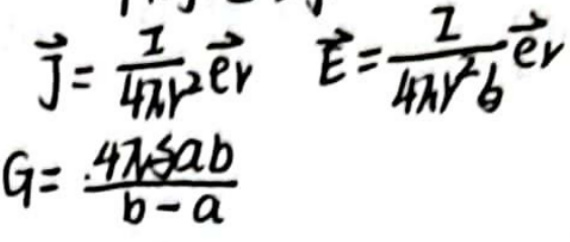
\begin{align*}
\vec{J}&=\frac{I}{4\pi r^{2}}\vec{e}_{r}\\
\vec{E}&=\frac{I}{4\pi r^{2}}\vec{e}_{r}\\
G&=\frac{4\pi\sigma ab}{b - a}
\end{align*}